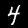
Label: 4